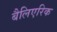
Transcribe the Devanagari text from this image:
बैलिएरिक